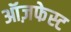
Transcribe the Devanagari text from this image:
ऑज़फेस्ट